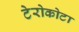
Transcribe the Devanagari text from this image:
टेरोकोटा